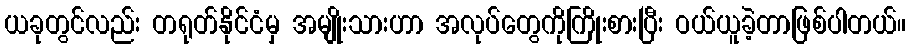
ယခုတွင်လည်း တရုတ်နိုင်ငံမှ အမျိုးသားဟာ အလုပ်တွေကိုကြိုးစားပြီး ဝယ်ယူခဲ့တာဖြစ်ပါတယ်။